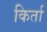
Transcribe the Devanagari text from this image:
किर्ता